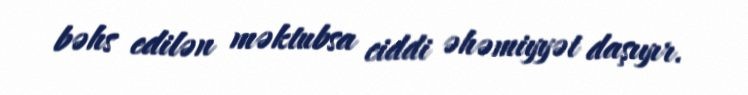
bəhs edilən məktubsa ciddi əhəmiyyət daşıyır.